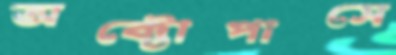
অক্টোপাসে